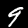
Label: 9